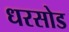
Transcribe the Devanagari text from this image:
धरसोड